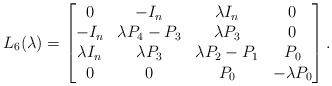
LaTeX: \begin{align*}L_6(\lambda)=\begin{bmatrix}0 & -I_n & \lambda I_n & 0 \\-I_n & \lambda P_4-P_3 & \lambda P_3 & 0 \\\lambda I_n & \lambda P_3 & \lambda P_2-P_1 & P_0 \\0 & 0 & P_0 & -\lambda P_0\end{bmatrix}.\end{align*}